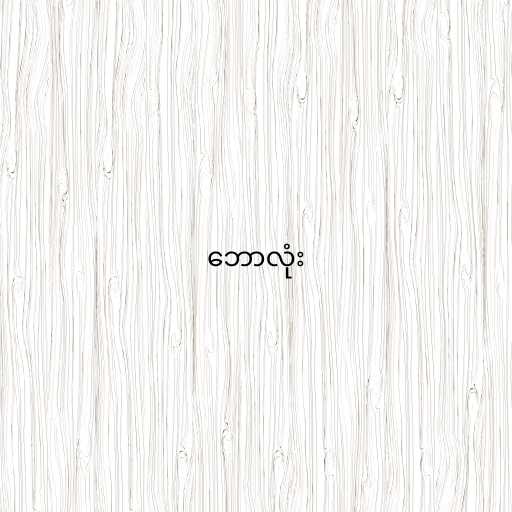
ဘောလုံး